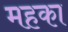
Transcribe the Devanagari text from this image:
महका